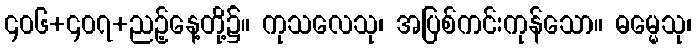
၄၀၆+၄၀၇+ညဉ့်နေ့တို့၌။ ကုသလေသု၊ အပြစ်ကင်းကုန်သော။ ဓမ္မေသု၊